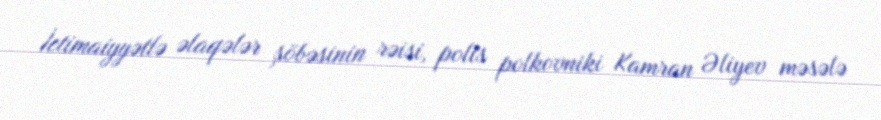
İctimaiyyətlə əlaqələr şöbəsinin rəisi, polis polkovniki Kamran Əliyev məsələ